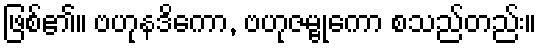
ဖြစ်၏။ ဗဟုနဒိကော, ဗဟုဇမ္ဗုကော စသည်တည်း။